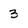
Character: 3